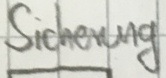
Text: Sicherung